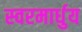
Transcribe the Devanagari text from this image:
स्‍वरमार्धुय